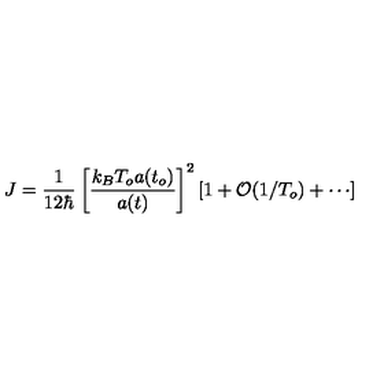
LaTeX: J = \frac { 1 } { 1 2 \hbar } \left[ \frac { k _ { B } T _ { o } a ( t _ { o } ) } { a ( t ) } \right] ^ { 2 } \left[ 1 + { \cal { O } } ( 1 / T _ { o } ) + \cdots \right]